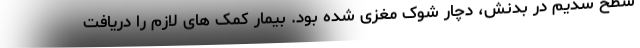
سطح سدیم در بدنش، دچار شوک مغزی شده بود. بیمار کمک های لازم را دریافت